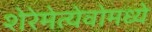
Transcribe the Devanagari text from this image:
शेरेमेत्येवोमध्ये